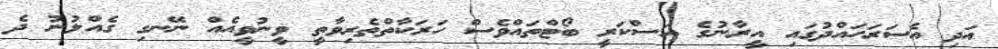
އަދި އެސަރަހައްދުގައި އީރާނުގެ އަސްކަރީ ބޯޓްތައްވެސް ހަރަކާތްތެރިވާތީ ވީނުވީއެއް ނޭނގި ގެއްލުނު ދެ